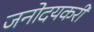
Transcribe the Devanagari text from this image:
जनोदयकरी